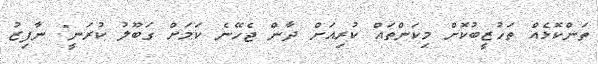
ތަންކޮޅެއް ތަހުޒީބުކޮށް މިކަންތައް ކުރިއަށް ދާން ޖެހޭނެ ކަމަށް ގަބޫލު ކުރަނީ" ނާފިޒު